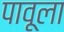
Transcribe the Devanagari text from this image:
पावूला